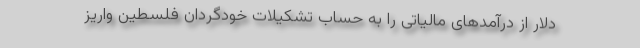
دلار از درآمدهای مالیاتی را به حساب تشکیلات خودگردان فلسطین واریز